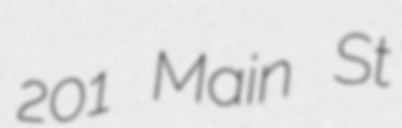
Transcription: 201 Main St